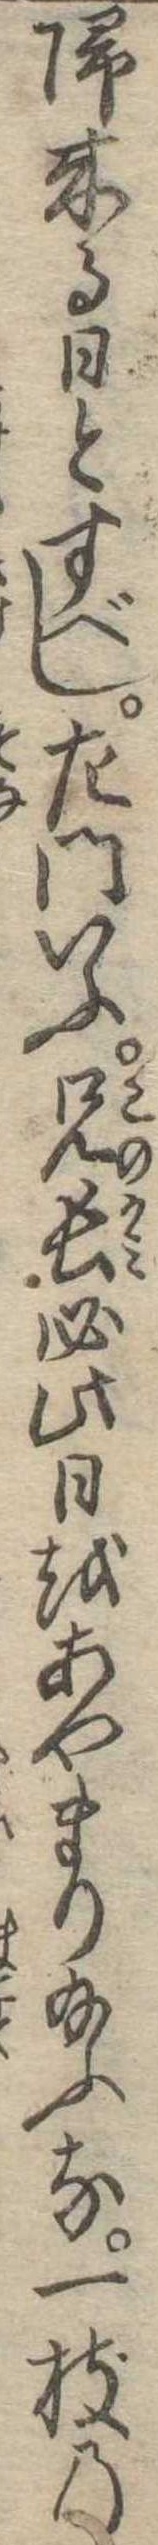
帰来る日とすべし左門いふ兄長必此日をあやまり給ふな一枝の